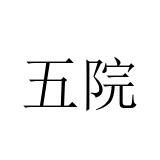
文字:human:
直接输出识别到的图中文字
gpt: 五院